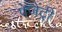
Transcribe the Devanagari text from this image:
पेजैंट्री